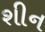
શીન